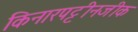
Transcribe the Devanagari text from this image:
किनारपट्टीनजीक